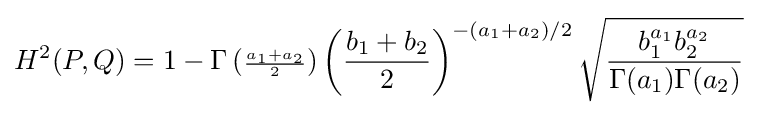
H^{2}(P,Q)=1-\Gamma \left({\scriptstyle {\frac {a_{1}+a_{2}}{2}}}\right)\left({\frac {b_{1}+b_{2}}{2}}\right)^{-(a_{1}+a_{2})/2}{\sqrt {\frac {b_{1}^{a_{1}}b_{2}^{a_{2}}}{\Gamma (a_{1})\Gamma (a_{2})}}}